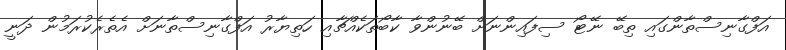
އަފްގާނިސްތާންގައި ތިބޭ ނޭޓޯ ސިފައިންނަށް ބޭނުންވާ ކާބޯތަކެއްޗާއި ހަތިޔާރު އަފްގާނިސްތާނަށް އެތެރެކުރަމުން ދަނީ